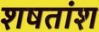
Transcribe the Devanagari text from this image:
शषतांश